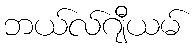
ဘယ်လ်ဂျီယမ်